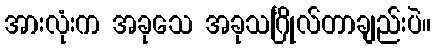
အားလုံးက အခုသေ အခုသင်္ဂြိုလ်တာချည်းပဲ။